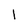
Character: l